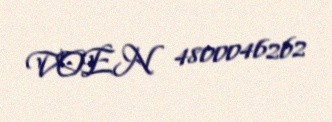
VOEN 4800046262